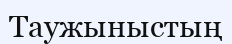
Таужыныстың